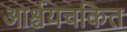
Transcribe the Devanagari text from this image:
आर्श्चयचकित